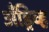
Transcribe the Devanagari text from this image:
अँड्रिव्ह